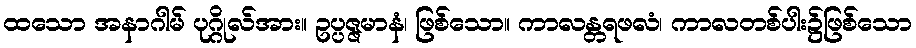
ထသော အနာဂါမ် ပုဂ္ဂိုလ်အား။ ဥပ္ပဇ္ဇမာနံ၊ ဖြစ်သော။ ကာလန္တရဖလံ၊ ကာလတစ်ပါး၌ဖြစ်သော